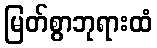
မြတ်စွာဘုရားထံ